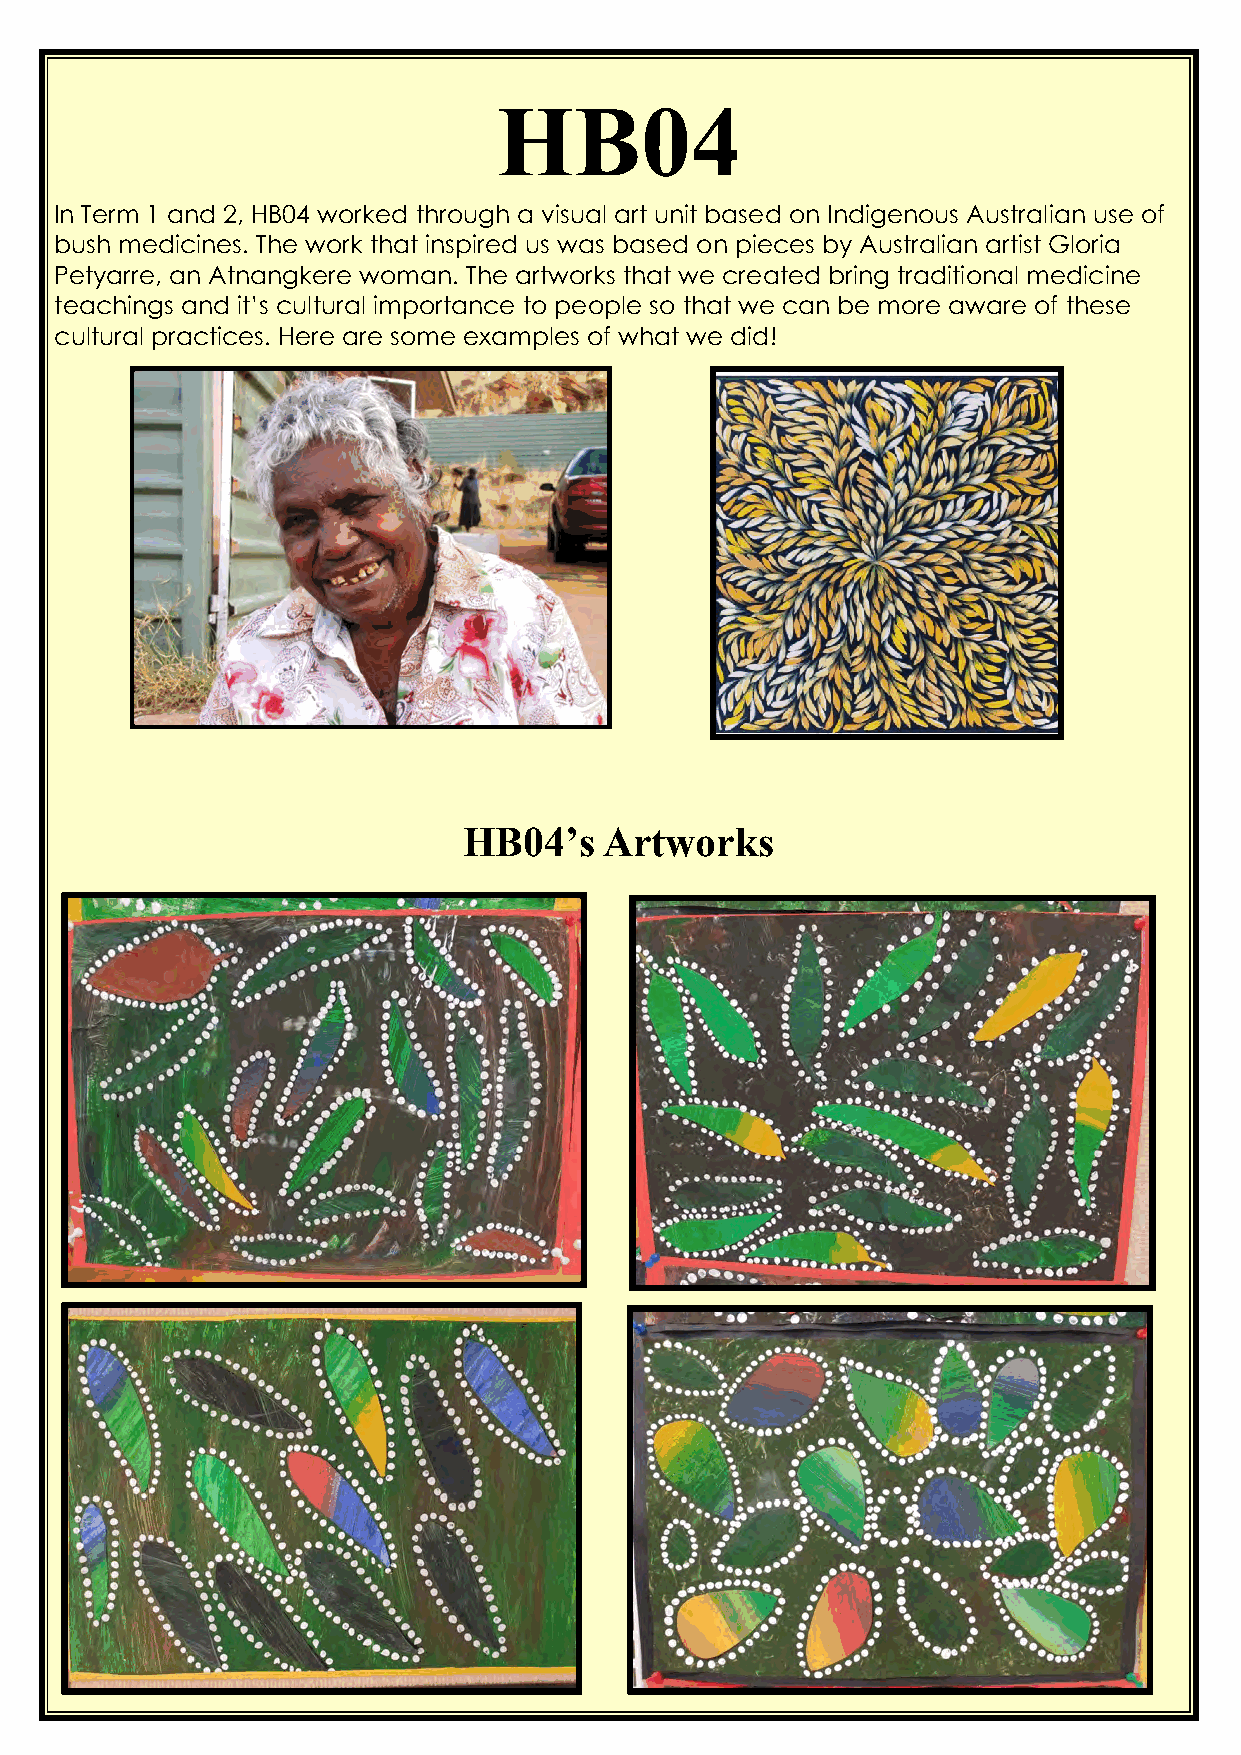
HB04
 In Term 1 and 2, HB04 worked through a visual art unit based on Indigenous Australian use of
 bush medicines. The work that inspired us was based on pieces by Australian artist Gloria
 Petyarre, an Atnangkere woman. The artworks that we created bring traditional medicine
 teachings and it’s cultural importance to people so that we can be more aware of these
 cultural practices. Here are some examples of what we did!
 HB04’s   Artworks